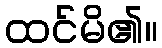
ထင်မိ၏။